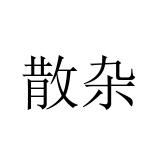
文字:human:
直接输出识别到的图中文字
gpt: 散杂